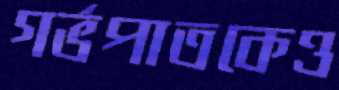
গর্ভপাতকেও